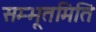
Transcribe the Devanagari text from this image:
सम्भूतमिति